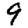
Digit: 9